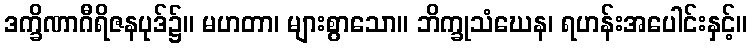
ဒက္ခိဏာဂီရိဇနပုဒ်၌။ မဟတာ၊ များစွာသော။ ဘိက္ခုသံဃေန၊ ရဟန်းအပေါင်းနှင့်။